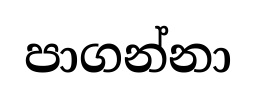
පාගන්නා